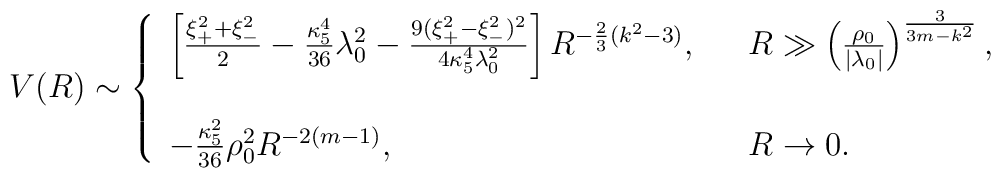
V(R)\sim\left\{ \begin{array}{lll}\left[{\xi_{+}^2+\xi_{-}^2\over 2}-{\kappa_{5}^4\over 36}\lambda_{0}^2-{9(\xi_{+}^2-\xi_{-}^2)^2\over 4\kappa_{5}^4\lambda_{0}^2}\right]R^{-{2\over 3}(k^2-3)}, & & R\gg \left({\rho_{0}\over |\lambda_{0}|}\right)^{3\over 3m-k^2}, \\  & &  \\-{\kappa_{5}^2\over 36}\rho_{0}^2R^{-2(m-1)}, & & R\rightarrow 0.\end{array}\right.